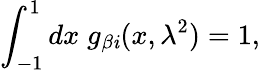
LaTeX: \int_{-1}^{1}dx\; g_{\beta\mathit{i}}(x,\lambda^{2})=1,